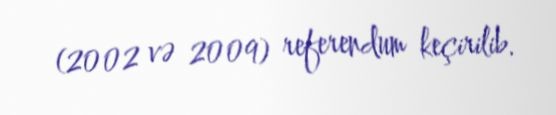
(2002 və 2009) referendum keçirilib.